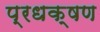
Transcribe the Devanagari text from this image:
प्रधक्षण